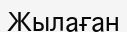
Жылаған